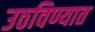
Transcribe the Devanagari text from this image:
उठविण्यात